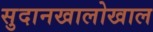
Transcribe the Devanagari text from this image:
सुदानखालोखाल